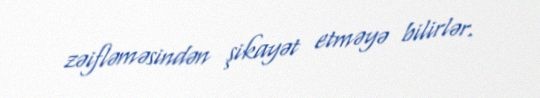
zəifləməsindən şikayət etməyə bilirlər.